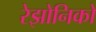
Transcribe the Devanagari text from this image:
रेझोनिको